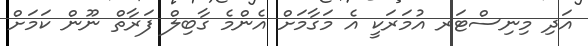
އަދި މިނިސްޓަރ އުމަރަކީ އެ މަގާމަށް އެންމެ ގާބިލް ފަރާތް ނޫން ކަމަށް